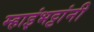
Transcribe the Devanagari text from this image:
म्हाइंभट्टांनी